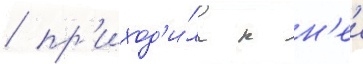
/ пр'иход'и́ла к н'еи